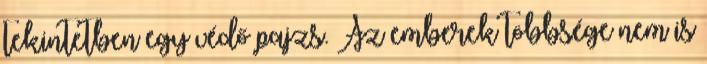
tekintetben egy védő pajzs. Az emberek többsége nem is